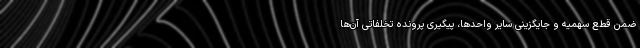
ضمن قطع سهمیه و جایگزینی سایر واحدها، پیگیری پرونده تخلفاتی آن‌ها